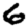
Digit: 6